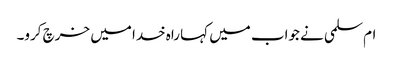
ام‌سلمی نے جواب میں کہا راہ خدا میں خرچ کرو۔